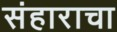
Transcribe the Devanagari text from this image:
संहाराचा